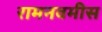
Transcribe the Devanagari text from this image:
रामनवमीस